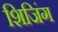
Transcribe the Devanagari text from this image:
शिजिंग